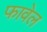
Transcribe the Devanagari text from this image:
फावेल